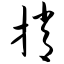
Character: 捎